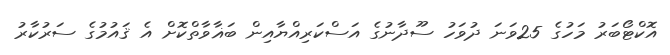
އޮކްޓޯބަރު މަހުގެ 25ވަނަ ދުވަހު ސޫދާނުގެ އަސްކަރިއްޔާއިން ބަޣާވާތްކޮށް އެ ޤައުމުގެ ސަރުކާރު